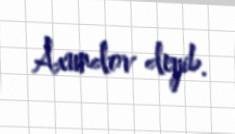
Axundov deyib.